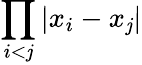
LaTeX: \displaystyle{\prod_{i<\mathit{j}}|x_{i}-x_{\mathit{j}}|}